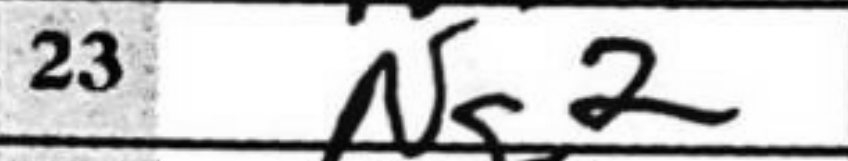
Transcription: Ng2